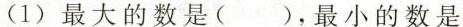
(1)最大的数是()，最小的数是